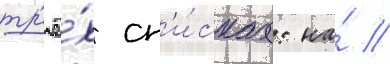
тр'ё́х сп'и́сках: на́ //